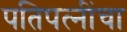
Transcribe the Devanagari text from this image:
पतिपत्‍नींचा